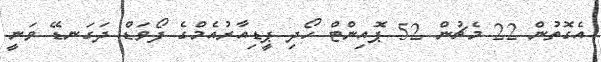
އެގޮތުން 22 މެޗުން 52 ޕޮއިންޓް ހޯދި ޕީޑިއާރުއެމްގެ ފޯވަޑް ދަގަނޑޭ ވަނީ